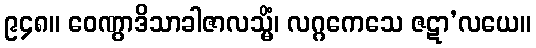
၉၄၈။ ဝေဏွာဒိသာခါဇာလသ္မိံ၊ လဂ္ဂကေသေ ဇဋာ’လယေ။